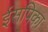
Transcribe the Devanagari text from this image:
ईसपिका